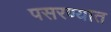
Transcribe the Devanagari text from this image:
पसरण्यात